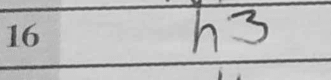
Transcription: h3